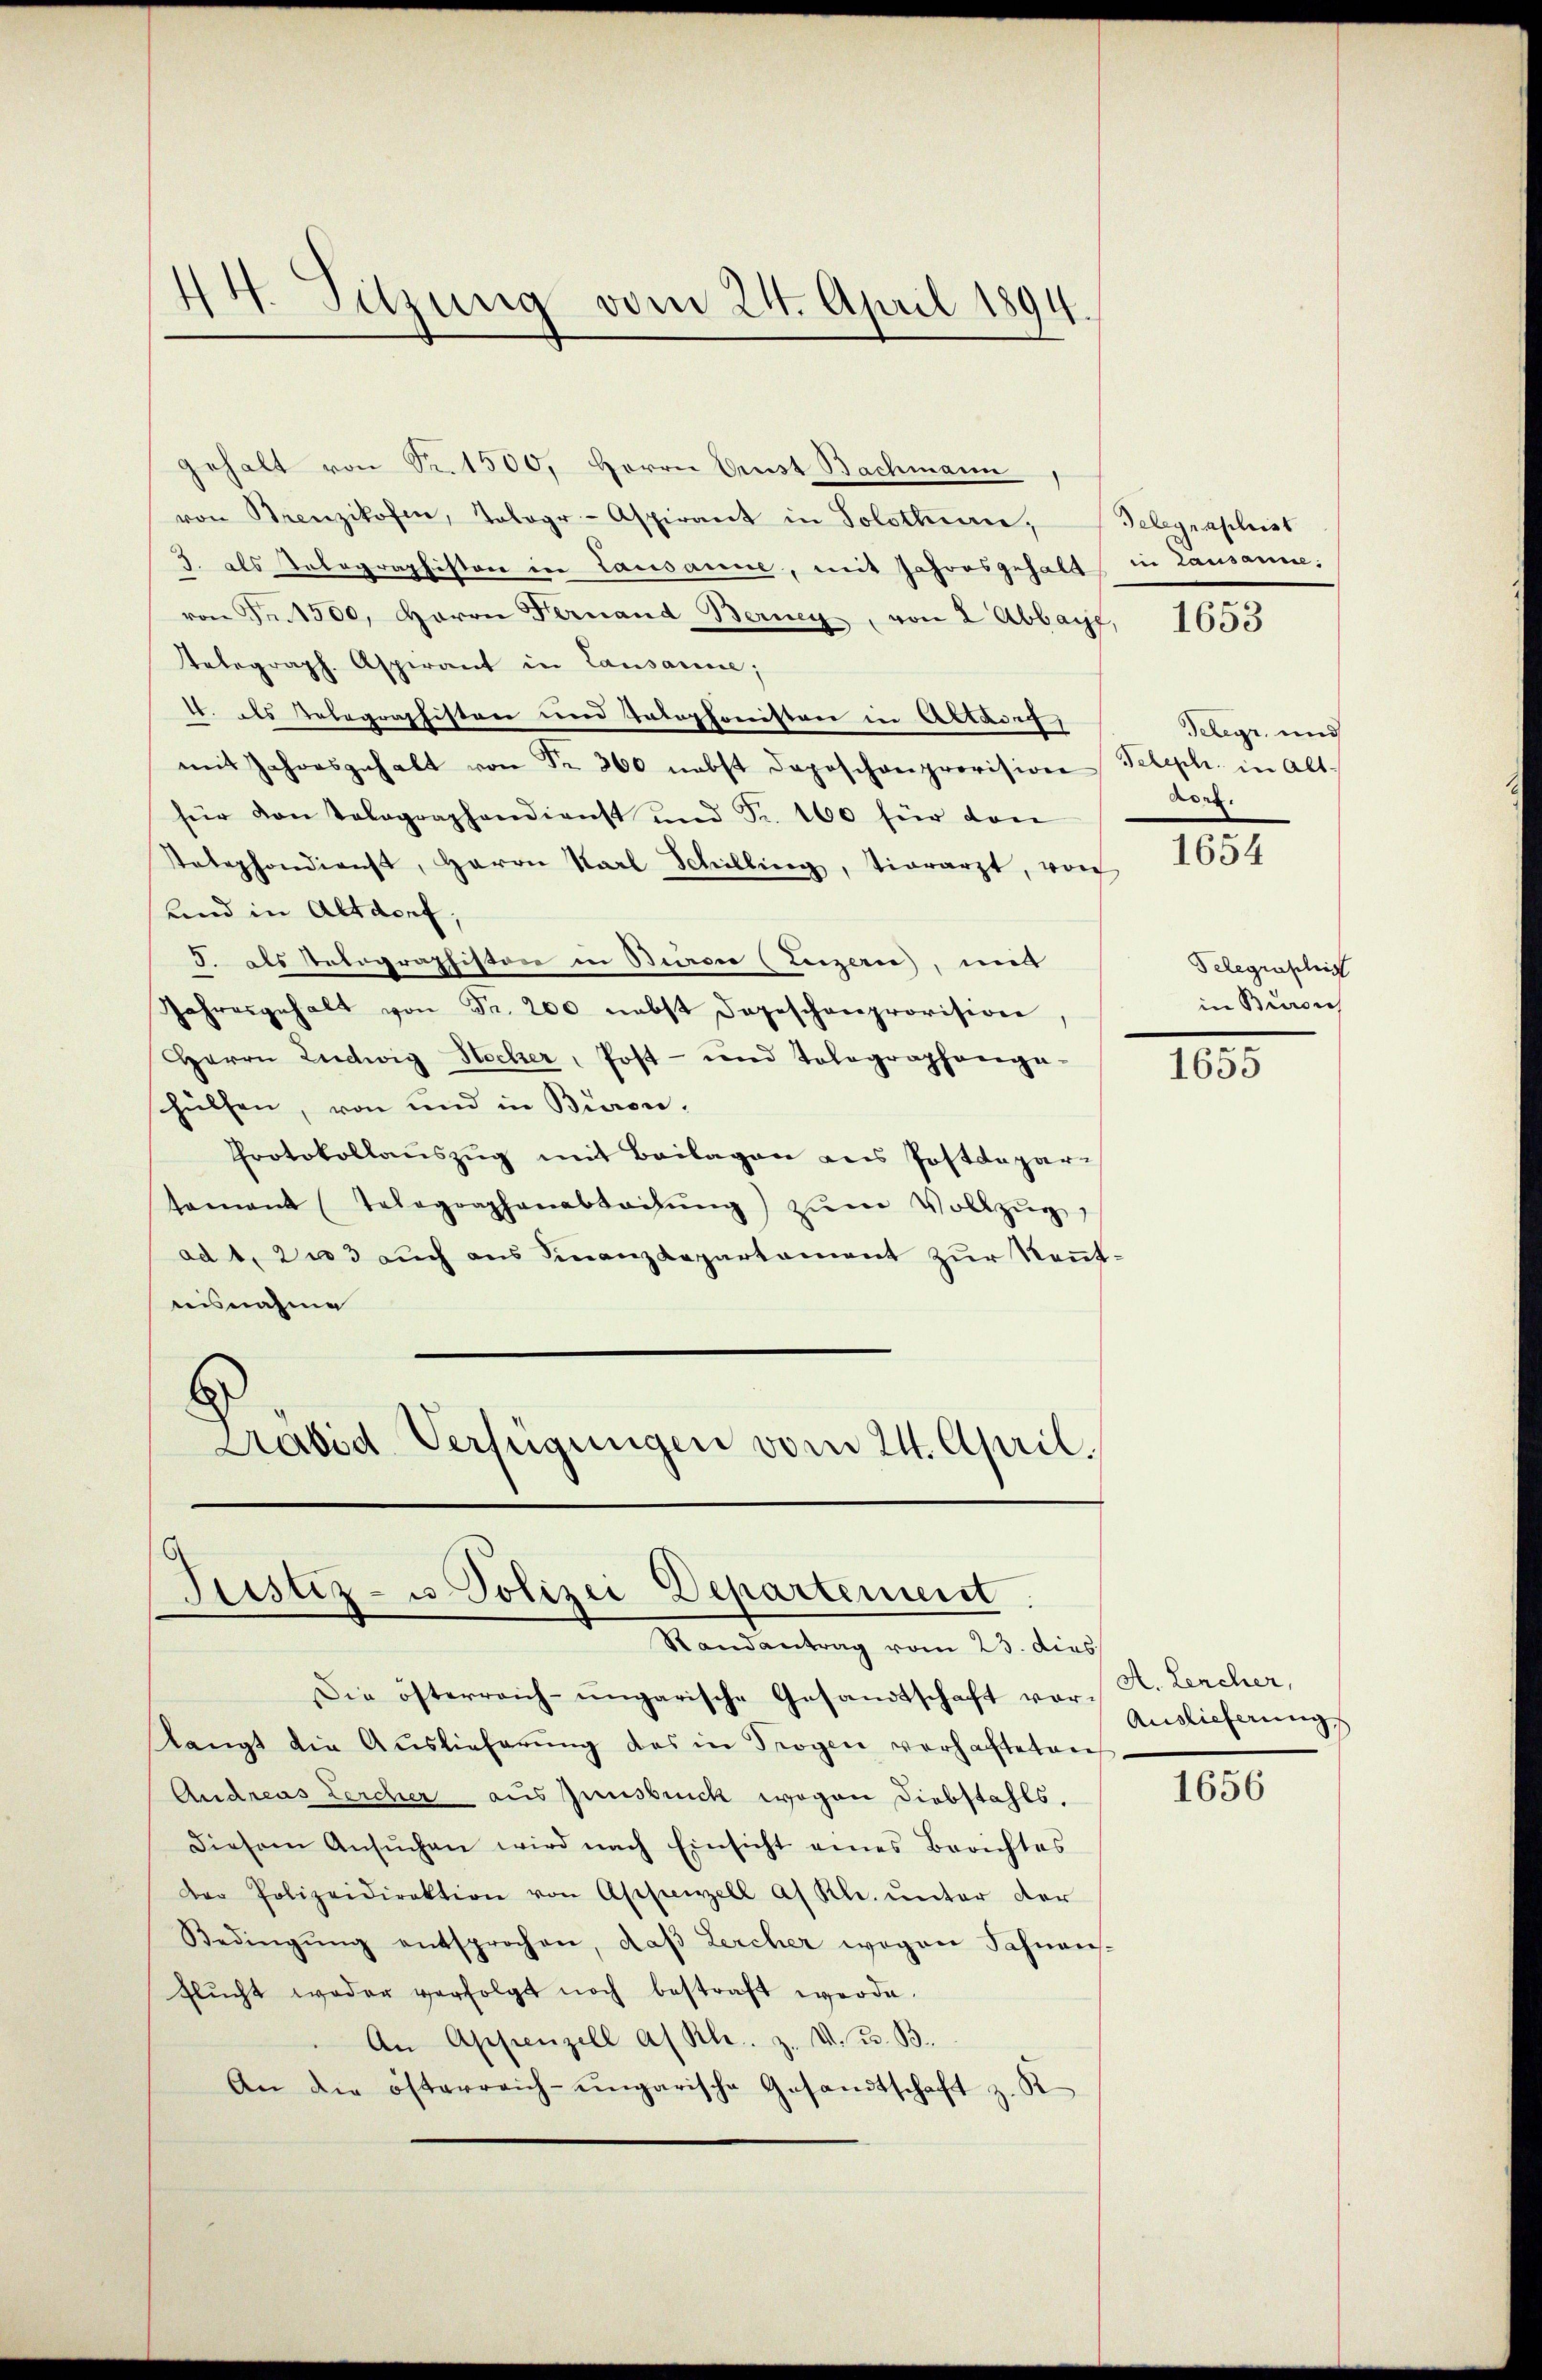
gehalt von Sr. 1500, Herrn Aust Bachmann
von Brenzikofen, Tobogr- Aspirant in Solothurn, Gelegraphist
J. als Telegraphiston in Lausanne, mit Jahresgehalt in Lausanne.
von Fr. 1500, Herrn Fernand Berney, von 2 Abbaye, 1655
Telegraph. Aspirant in Lausanne;
1. als Telegraphisten und Telephonistere in Altadel
mit Jahresgehalt von Fr. 300 nebst doposchenprovision Teleph. in Alt-
für von Telegraphendienst und Fr. 100 für den
Telephondienst, Herrn Karl Schilling, Tierarzt, vorh
Lnd in Altdorf,
J. als Telegraphiston in Bieren (Luzern, mit
Jahresgehalt von Fr. 200 nebst dageschenprovision,
Herrn Ludwig Hecher, Post- und Tolographenge
shülfen, von und in Büron.
Protokollauszug mit Beilagen aus Postdepari
tamant (Telegraphenabtretŭng zŭm Vollzŭg,
ad 1. Die 3 auch aus Finanzdepartement zur Kenntnisnahme
Prebid Verfügungen vom 24. April,

14. Sitzung vom 24. April 1894

Justiz- u. Polizei Departement
Randantrag vom 23. dies

Die österreich-ungarische Gesandtschaft vor Auslicherungs
langt die Auslieferŭng des in Trogen verhafteten
Andreas Lercher aus Innsbruch wegen Diebstahls.
diesem Ansŭchen wird nach Einsicht eines Berichtes
Der Polizeidirektion von Appenzell af Kl. ŭnter der
Bedingŭng entsprochen, daβ Lercher wegen Fahnen-
Flŭcht weder verfolgt noch bestraft werde.
An Appenzell a/ Kl. z. V. B. B.
An die österreich-ungarische Gesandtschaft z. R.

Teleyr, und
Bonn.

1654

Telegraschif
in Buron

1655

A. Lencher,

1656